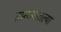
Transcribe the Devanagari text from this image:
सामन्यातल्या